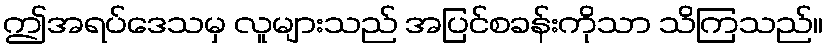
ဤအရပ်ဒေသမှ လူများသည် အပြင်စခန်းကိုသာ သိကြသည်။